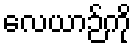
လေယာဉ်ကို